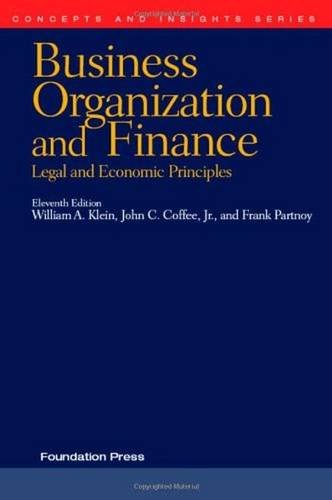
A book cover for Business Organization and Finance: Legal and Economic Principles, 11th Edition (Concepts and Insights); William Klein; Law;